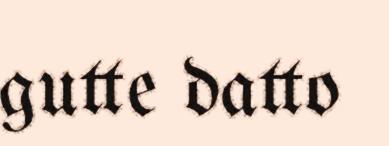
gutte datto